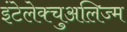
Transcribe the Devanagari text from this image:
इंटेलेक्चुअलिज्म